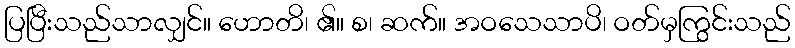
ပြပြီးသည်သာလျှင်။ ဟောတိ၊ ၏။ စ၊ ဆက်။ အဝသေသာပိ၊ ဝတ်မှကြွင်းသည်